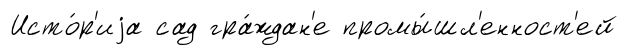
Исто́р'иjа сад гра́ждан'е промы́шл'енност'ей